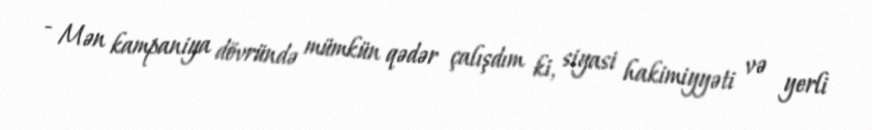
- Mən kampaniya dövründə mümkün qədər çalışdım ki, siyasi hakimiyyəti və yerli